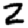
Digit: 2